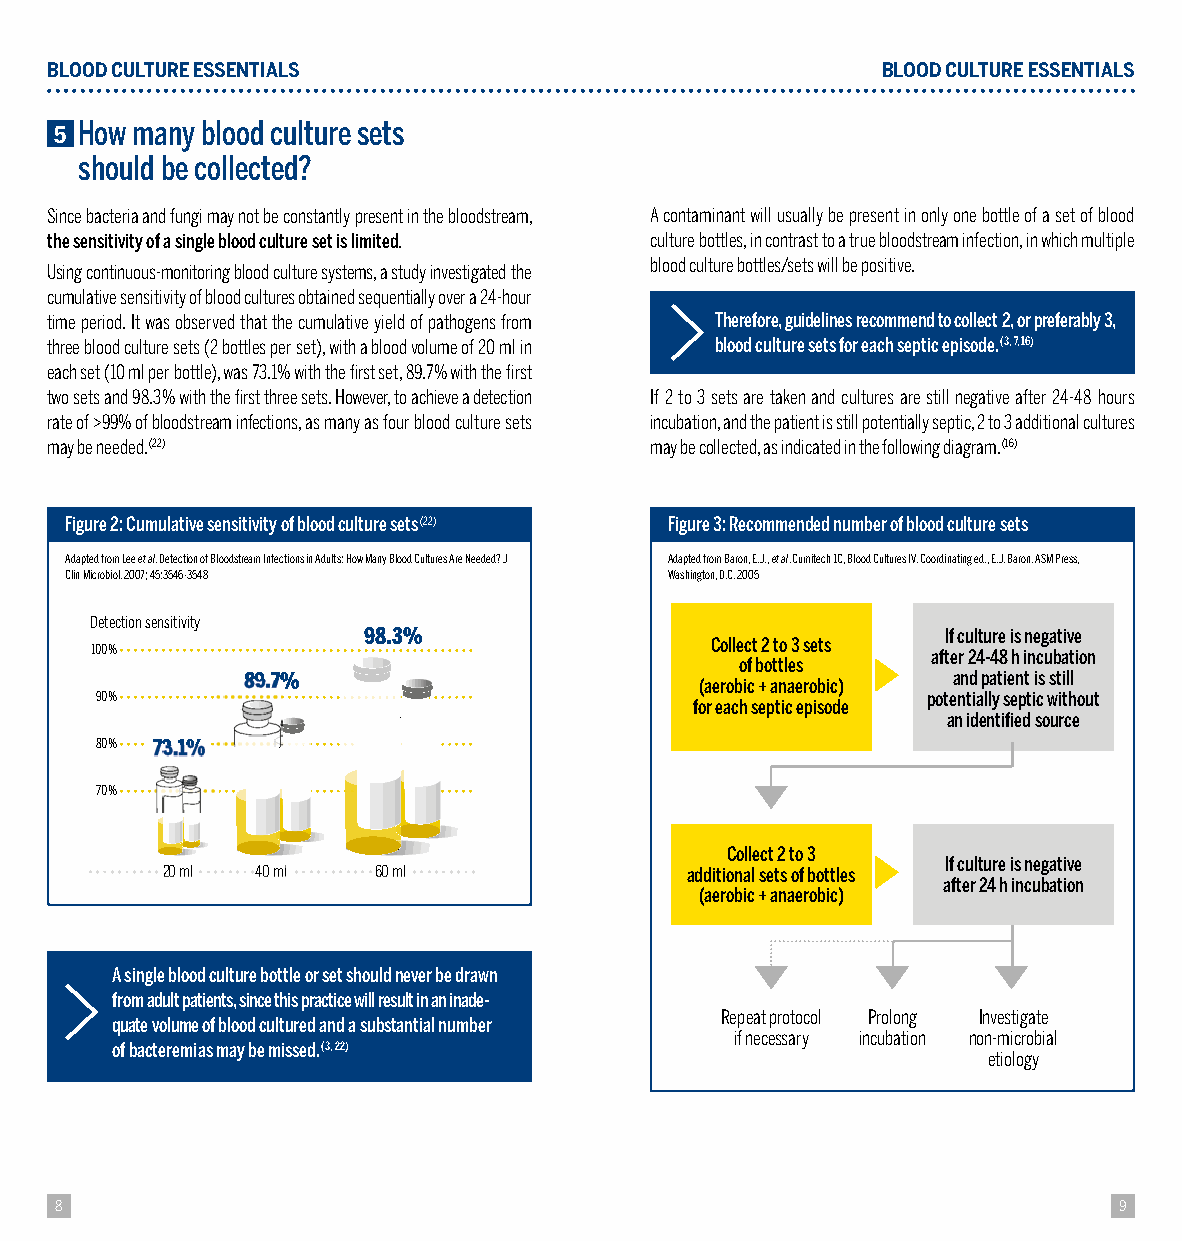
BLOOD CULTURE ESSENTIALS                               BLOOD CULTURE ESSENTIALS
 5 H ow many blood culture sets
 should be collected?
 Since bacteria and fungi may not be constantly present in the bloodstream, A contaminant will usually be present in only one bottle of a set of blood
 the sensitivity of a single blood culture set is limited. culture bottles, in contrast to a true bloodstream infection, in which multiple
 blood culture bottles/sets will be positive.
 Using continuous-monitoring blood culture systems, a study investigated the
 cumulative sensitivity of blood cultures obtained sequentially over a 24-hour
 time period. It was observed that the cumulative yield of pathogens from Therefore, guidelines recommend to collect 2, or preferably 3,
 three blood culture sets (2 bottles per set), with a blood volume of 20 ml in blood culture sets for each septic episode. (3, 7, 16)
 each set (10 ml per bottle), was 73.1% with the fi rst set, 89.7% with the fi rst
 two sets and 98.3% with the fi rst three sets. However, to achieve a detection If 2 to 3 sets are taken and cultures are still negative after 24-48 hours
 rate of >99% of bloodstream infections, as many as four blood culture sets incubation, and the patient is still potentially septic, 2 to 3 additional cultures
 may be needed. (22)                     may be collected, as indicated in the following diagram. (16)
 Figure 2: Cumulative sensitivity of blood culture sets (22) Figure 3: Recommended number of blood culture sets
 Adapted from Lee et al. Detection of Bloodstream Infections in Adults: How Many Blood Cultures Are Needed? J Adapted from Baron, E.J., et al. Cumitech 1C, Blood Cultures IV. Coordinating ed., E.J. Baron. ASM Press,
 Clin Microbiol. 2007; 45:3546-3548      Washington, D.C. 2005
 Detection sensitivity
 98.3%                                  If culture is negative
 Collect 2 to 3 sets
 100%                                                    after 24-48 h incubation
 of bottles
 89.7%                         (aerobic + anaerobic) and patient is still
 90%                                                    potentially septic without
 for each septic episode
 an identifi ed source
 80% 73.1%
 70%
 Collect 2 to 3
 If culture is negative
 2200 mmll 4400 mmll 6600 mmll     additional sets of bottles
 after 24 h incubation
 (aerobic + anaerobic)
 A single blood culture bottle or set should never be drawn
 from adult patients, since this practice will result in an inade-
 Repeat protocol Prolong Investigate
 quate volume of blood cultured and a substantial number
 if necessary incubation non-microbial
 of bacteremias may be missed. (3, 22)
 etiology
 8                                                                     9